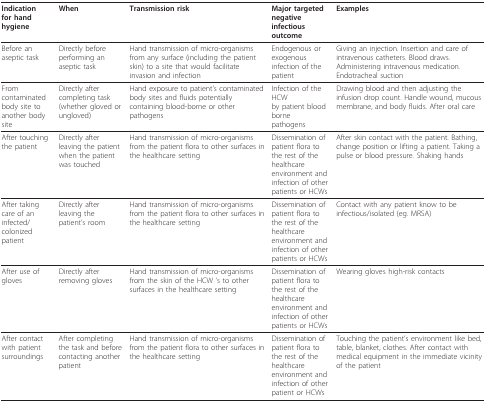
| Indicationfor hand hygiene | When | Transmission risk | Major targetednegative infectiousoutcome | Examples |
 | --- | --- | --- | --- | --- |
 | Before an aseptic task | Directly before performing an aseptic task | Hand transmission of micro-organisms from any surface (including the patient skin) to a site that would facilitate invasion and infection | Endogenous or exogenous infection of the patient | Giving an injection. Insertion and care of intravenous catheters. Blood draws. Administering intravenous medication. Endotracheal suction |
 | From contaminated body site to another body site | Directly after completing task (whether gloved or ungloved) | Hand exposure to patient's contaminated body sites and fluids potentially containing blood-borne or other pathogens | Infection of the HCWby patient blood bornepathogens | Drawing blood and then adjusting the infusion drop count. Handle wound, mucous membrane, and body fluids. After oral care |
 | After touching the patient | Directly after leaving the patient when the patient was touched | Hand transmission of micro-organisms from the patient flora to other surfaces in the healthcare setting | Dissemination of patient flora to the rest of the healthcareenvironment andinfection of other patients or HCWs | After skin contact with the patient. Bathing, change position or lifting a patient. Taking a pulse or blood pressure. Shaking hands |
 | After taking care of an infected/colonized patient | Directly after leaving the patient's room | Hand transmission of micro-organisms from the patient flora to other surfaces in the healthcare setting | Dissemination of patient flora to the rest of the healthcareenvironment andinfection of other patients or HCWs | Contact with any patient know to be infectious/isolated (eg. MRSA) |
 | After use of gloves | Directly after removing gloves | Hand transmission of micro-organisms from the skin of the HCW 's to other surfaces in the healthcare setting | Dissemination of patient flora to the rest of the healthcareenvironment and infection of other patients or HCWs | Wearing gloves high-risk contacts |
 | After contact with patient surroundings | After completing the task and before contacting another patient | Hand transmission of micro-organisms from the patient flora to other surfaces in the healthcare setting | Dissemination of patient flora to the rest of the healthcareenvironment and infection of other patient or HCWs | Touching the patient's environment like bed, table, blanket, clothes. After contact with medical equipment in the immediate vicinity of the patient |